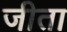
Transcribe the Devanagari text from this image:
जीता